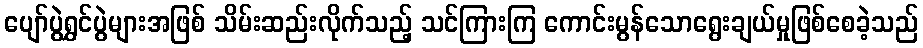
ပျော်ပွဲရွှင်ပွဲများအဖြစ် သိမ်းဆည်းလိုက်သည့် သင်ကြားကြ ကောင်းမွန်သောရွေးချယ်မှုဖြစ်စေခဲ့သည်